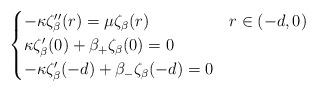
LaTeX: \begin{align*} \begin{cases} -\kappa \zeta_\beta''(r) = \mu \zeta_\beta(r) & r\in (-d,0) \\ \kappa \zeta_\beta'(0) + \beta_+ \zeta_\beta(0) =0 \\ -\kappa \zeta_\beta'(-d) + \beta_- \zeta_\beta(-d) =0 \end{cases}\end{align*}